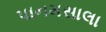
પાનમસાલા